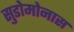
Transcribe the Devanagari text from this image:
सुडोमोनास